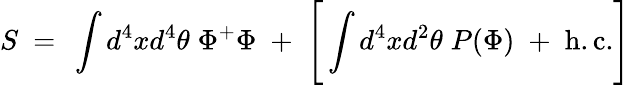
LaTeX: S\ =\ \int d^{4}xd^{4}\theta\; \Phi^{+}\Phi\; +\; \Bigg[\int d^{4}xd^{2}\theta\; P(\Phi)\; +\; \mathrm{h.c.}\Bigg]